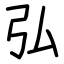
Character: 弘